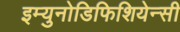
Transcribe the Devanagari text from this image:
इम्युनोडिफिशियेन्सी